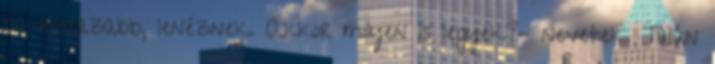
ha rossazabb, lenéznek. Akkor milyen is legyek?- nevetek. Talán